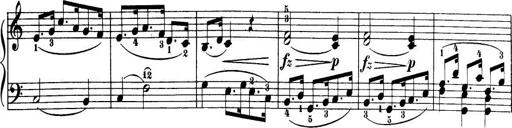
Title: 32 Sonatinas and Rondos for the Piano
Composer: Richard Kleinmichel